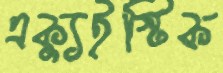
এক্যুইস্টিক